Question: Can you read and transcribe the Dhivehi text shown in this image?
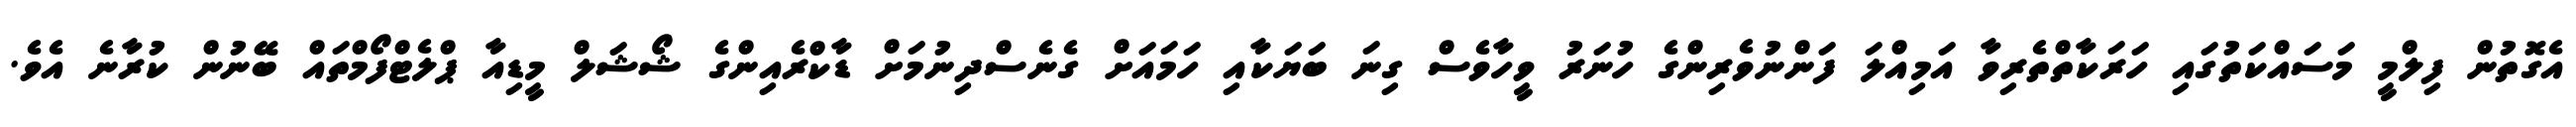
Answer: އެގޮތުން ފިލްމީ މަސައްކަތުގައި ހަރަކާތްތެރިވާ އަމިއްލަ ފަންނުވެރިންގެ ހުނަރު ވީހާވެސް ގިނަ ބަޔަކާއި ހަމައަށް ގެނެސްދިނުމަށް ޑާކްރެއިންގެ ޝޯޝަލް މީޑިއާ ޕްލެޓްފޯމްތައް ބޭނުން ކުރާނެ އެވެ.